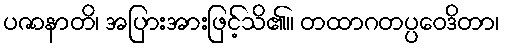
ပဇာနာတိ၊ အပြားအားဖြင့်သိ၏။ တထာဂတပ္ပဝေဒိတာ၊